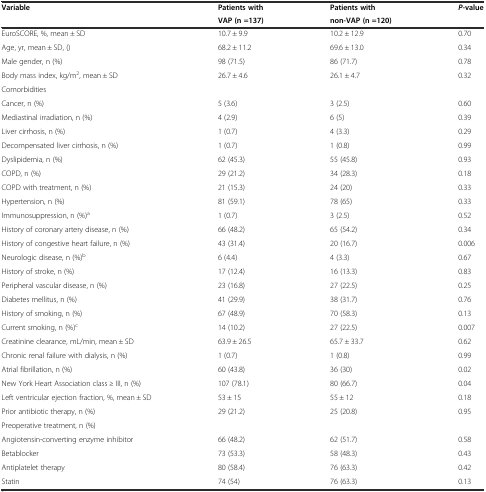
<table><thead><tr><td rowspan="2"><b>Variable</b></td><td><b>Patients with</b></td><td><b>Patients with</b></td><td rowspan="2"><b><i>P-</i>value</b></td></tr><tr><td><b>VAP (n =137)</b></td><td><b>non-VAP (n =120)</b></td></tr></thead><tbody><tr><td>EuroSCORE, %, mean ± SD</td><td>10.7 ± 9.9</td><td>10.2 ± 12.9</td><td>0.70</td></tr><tr><td>Age, yr, mean ± SD, ()</td><td>68.2 ± 11.2</td><td>69.6 ± 13.0</td><td>0.34</td></tr><tr><td>Male gender, n (%)</td><td>98 (71.5)</td><td>86 (71.7)</td><td>0.78</td></tr><tr><td>Body mass index, kg/m<sup>2</sup>, mean ± SD</td><td>26.7 ± 4.6</td><td>26.1 ± 4.7</td><td>0.32</td></tr><tr><td>Comorbidities</td><td></td><td></td><td></td></tr><tr><td>Cancer, n (%)</td><td>5 (3.6)</td><td>3 (2.5)</td><td>0.60</td></tr><tr><td>Mediastinal irradiation, n (%)</td><td>4 (2.9)</td><td>6 (5)</td><td>0.39</td></tr><tr><td>Liver cirrhosis, n (%)</td><td>1 (0.7)</td><td>4 (3.3)</td><td>0.29</td></tr><tr><td>Decompensated liver cirrhosis, n (%)</td><td>1 (0.7)</td><td>1 (0.8)</td><td>0.99</td></tr><tr><td>Dyslipidemia, n (%)</td><td>62 (45.3)</td><td>55 (45.8)</td><td>0.93</td></tr><tr><td>COPD, n (%)</td><td>29 (21.2)</td><td>34 (28.3)</td><td>0.18</td></tr><tr><td>COPD with treatment, n (%)</td><td>21 (15.3)</td><td>24 (20)</td><td>0.33</td></tr><tr><td>Hypertension, n (%)</td><td>81 (59.1)</td><td>78 (65)</td><td>0.33</td></tr><tr><td>Immunosuppression, n (%)<sup>a</sup></td><td>1 (0.7)</td><td>3 (2.5)</td><td>0.52</td></tr><tr><td>History of coronary artery disease, n (%)</td><td>66 (48.2)</td><td>65 (54.2)</td><td>0.34</td></tr><tr><td>History of congestive heart failure, n (%)</td><td>43 (31.4)</td><td>20 (16.7)</td><td>0.006</td></tr><tr><td>Neurologic disease, n (%)<sup>b</sup></td><td>6 (4.4)</td><td>4 (3.3)</td><td>0.67</td></tr><tr><td>History of stroke, n (%)</td><td>17 (12.4)</td><td>16 (13.3)</td><td>0.83</td></tr><tr><td>Peripheral vascular disease, n (%)</td><td>23 (16.8)</td><td>27 (22.5)</td><td>0.25</td></tr><tr><td>Diabetes mellitus, n (%)</td><td>41 (29.9)</td><td>38 (31.7)</td><td>0.76</td></tr><tr><td>History of smoking, n (%)</td><td>67 (48.9)</td><td>70 (58.3)</td><td>0.13</td></tr><tr><td>Current smoking, n (%)<sup>c</sup></td><td>14 (10.2)</td><td>27 (22.5)</td><td>0.007</td></tr><tr><td>Creatinine clearance, mL/min, mean ± SD</td><td>63.9 ± 26.5</td><td>65.7 ± 33.7</td><td>0.62</td></tr><tr><td>Chronic renal failure with dialysis, n (%)</td><td>1 (0.7)</td><td>1 (0.8)</td><td>0.99</td></tr><tr><td>Atrial fibrillation, n (%)</td><td>60 (43.8)</td><td>36 (30)</td><td>0.02</td></tr><tr><td>New York Heart Association class ≥ III, n (%)</td><td>107 (78.1)</td><td>80 (66.7)</td><td>0.04</td></tr><tr><td>Left ventricular ejection fraction, %, mean ± SD</td><td>53 ± 15</td><td>55 ± 12</td><td>0.18</td></tr><tr><td>Prior antibiotic therapy, n (%)</td><td>29 (21.2)</td><td>25 (20.8)</td><td>0.95</td></tr><tr><td>Preoperative treatment, n (%)</td><td></td><td></td><td></td></tr><tr><td>Angiotensin-converting enzyme inhibitor</td><td>66 (48.2)</td><td>62 (51.7)</td><td>0.58</td></tr><tr><td>Betablocker</td><td>73 (53.3)</td><td>58 (48.3)</td><td>0.43</td></tr><tr><td>Antiplatelet therapy</td><td>80 (58.4)</td><td>76 (63.3)</td><td>0.42</td></tr><tr><td>Statin</td><td>74 (54)</td><td>76 (63.3)</td><td>0.13</td></tr></tbody></table>